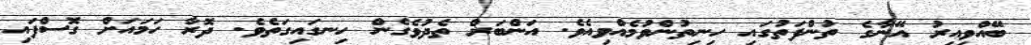
ބޭއްވިއިރު އޭނާގެ ތުންފަތުގައި ހިނިތުންވުމެއްވިއެވެ. އަންބަރް ތެދުވެގެން ހިނގައިގަތެވެ. ދޮރާ ހަމައަށް ގޮސްފައި